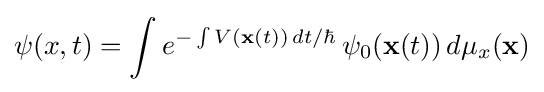
\psi (x,t)=\int e^{-\int V(\mathbf {x} (t))\,dt/\hbar }\,\psi _{0}(\mathbf {x} (t))\,d\mu _{x}(\mathbf {x} )